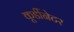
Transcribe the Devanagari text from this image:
कूर्डीनेटर